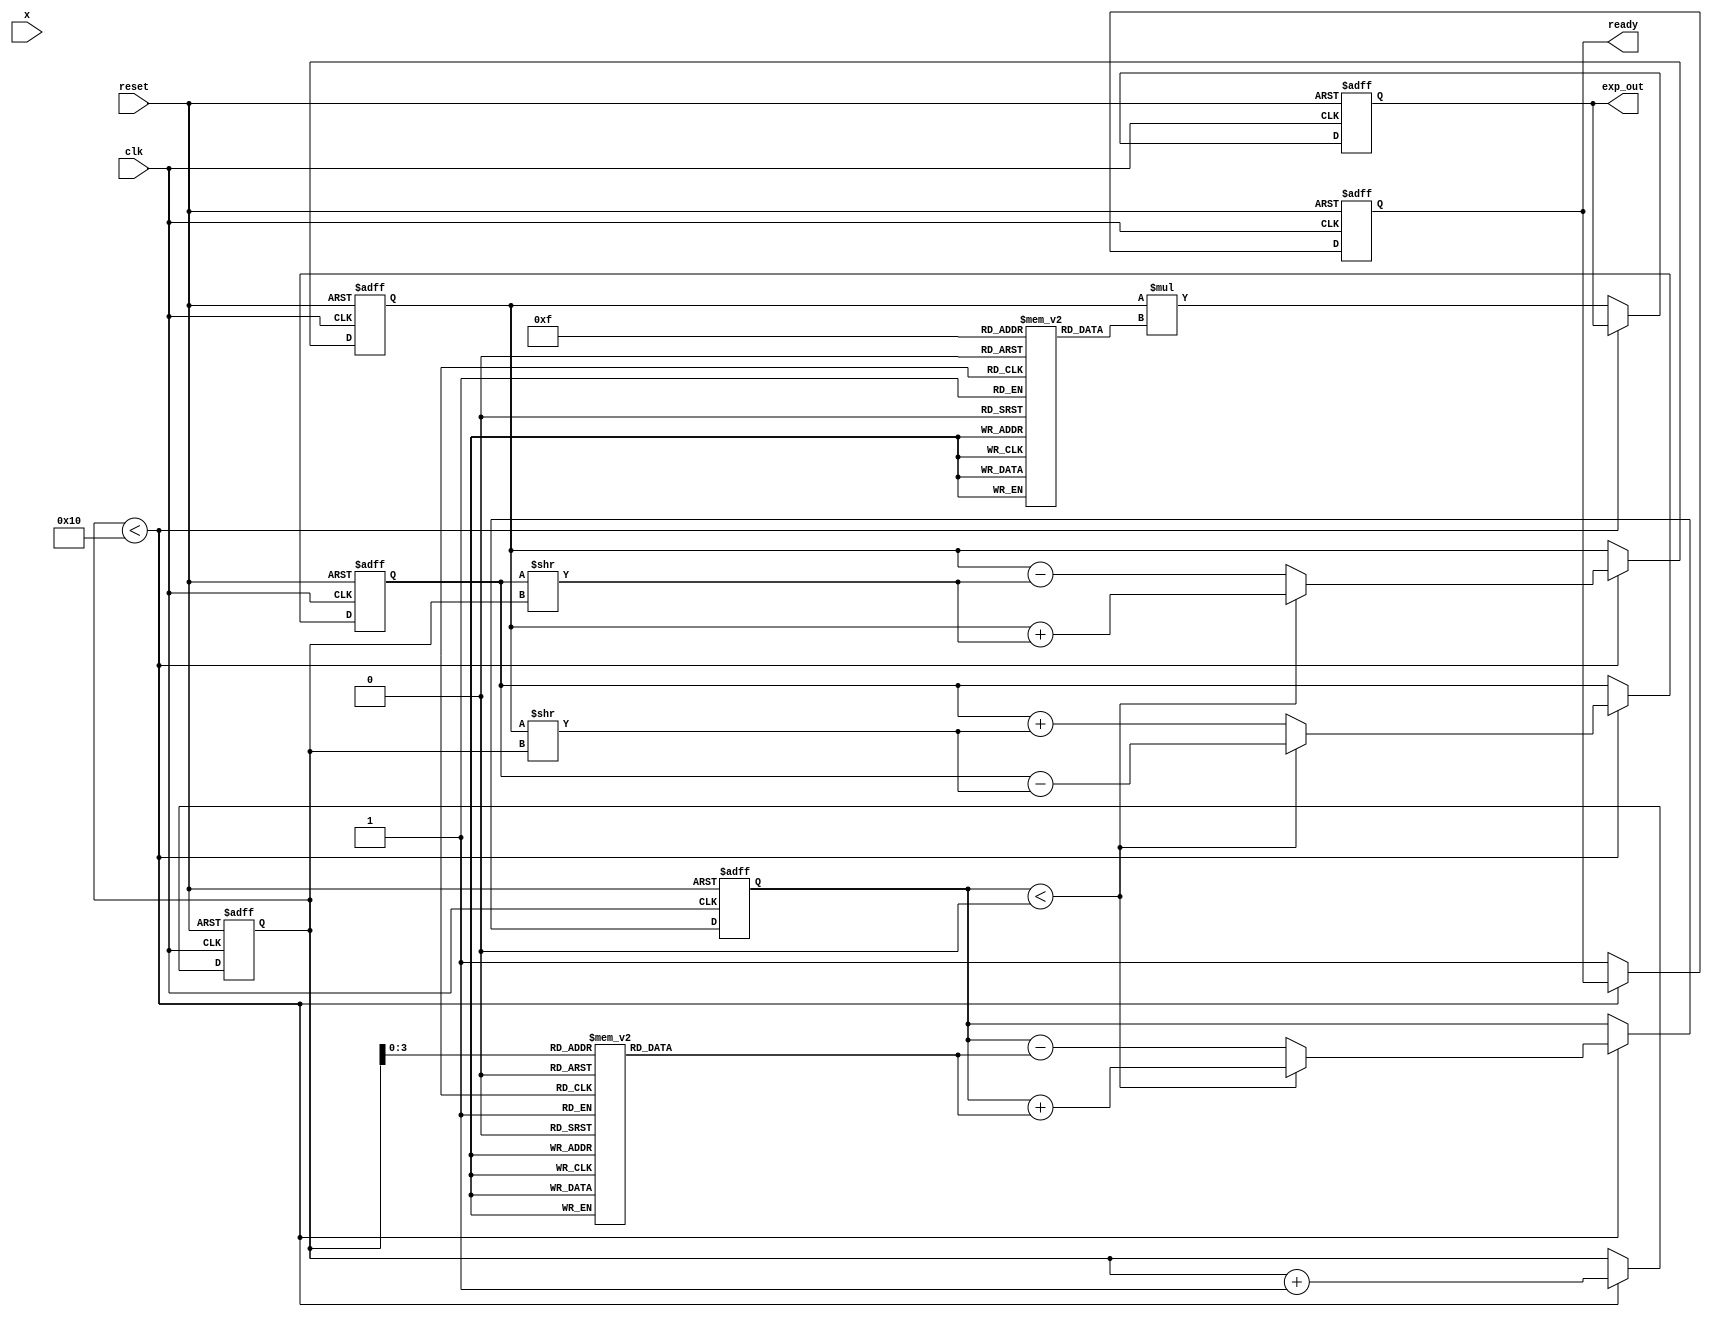
module CORDIC_Exponential #(
    parameter WIDTH = 16,         // Width of the input/output
    parameter N = 16              // Number of iterations
) (
    input wire [WIDTH-1:0] x,     // Input value
    input wire clk,                // Clock signal
    input wire reset,              // Asynchronous reset
    output reg [WIDTH-1:0] exp_out,// Output value
    output reg ready               // Output ready signal
);

    // Internal state variables
    reg [WIDTH-1:0] z;             // Current angle (hyperbolic)
    reg [WIDTH-1:0] x_current;     // Current x value
    reg [WIDTH-1:0] y_current;     // Current y value
    reg [4:0] iteration;           // Iteration counter
    reg [WIDTH-1:0] c[N-1:0];      // Lookup table for constants (scaling factors)
    reg [WIDTH-1:0] d[N-1:0];      // Lookup table for angle values

    // Initialize lookup tables (for CORDIC constants)
    initial begin
        // Populate the lookup tables with appropriate values for e^x calculations
        // This is a simplified example, real values need to be defined
        c[0] = 16'h1;  // Example scaling factor
        d[0] = 16'h0;  // Example angular value
        // Populate remaining values as necessary
    end

    // State machine for CORDIC processing
    always @(posedge clk or posedge reset) begin
        if (reset) begin
            // Reset all internal states
            x_current <= 0;
            y_current <= 0;
            z <= 0;
            iteration <= 0;
            exp_out <= 0;
            ready <= 0;
        end else begin
            if (iteration < N) begin
                // CORDIC iteration logic
                if (z < 0) begin
                    x_current <= x_current + (y_current >> iteration);
                    y_current <= y_current - (x_current >> iteration);
                    z <= z + d[iteration];
                end else begin
                    x_current <= x_current - (y_current >> iteration);
                    y_current <= y_current + (x_current >> iteration);
                    z <= z - d[iteration];
                end
                iteration <= iteration + 1;
            end else begin
                // Final output calculation
                exp_out <= x_current * c[N-1]; // Scale the result
                ready <= 1; // Signal that the output is ready
            end
        end
    end

endmodule